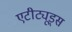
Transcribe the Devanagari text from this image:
एटीट्यूड्स